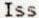
ISS